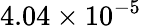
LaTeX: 4.04\times 10^{-5}